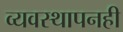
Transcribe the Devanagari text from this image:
व्यवस्थापनही